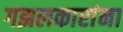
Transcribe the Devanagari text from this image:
गझलकारांना